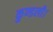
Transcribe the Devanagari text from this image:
कुण्डली।